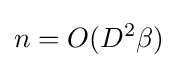
n=O(D^{2}\beta )